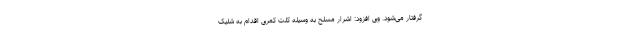
گرفتار می‌شود. وی افزود: اشرار مسلح به وسیله کلت کمری اقدام به شلیک